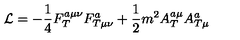
{ \cal L } = - \frac 1 4 F _ { T } ^ { a \mu \nu } F _ { T \mu \nu } ^ { a } + \frac 1 2 m ^ { 2 } A _ { T } ^ { a \mu } A _ { T \mu } ^ { a }